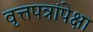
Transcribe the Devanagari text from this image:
वृत्तपत्रांपेक्षा